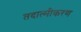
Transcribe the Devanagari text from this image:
तदात्मीकरण